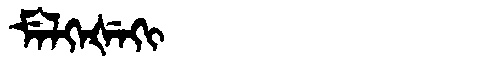
Manchu: ᠮᡝᠯᡴᡝᡧᡝᡴᡳ
Romanization: MELKEŠEKI